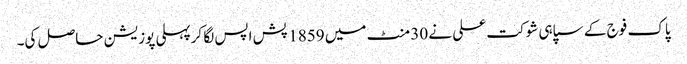
پاک فوج کے سپاہی شوکت علی نے 30 منٹ میں 1859 پش اپس لگا کرپہلی پوزیشن حاصل کی۔